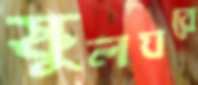
স্কুলঘরে